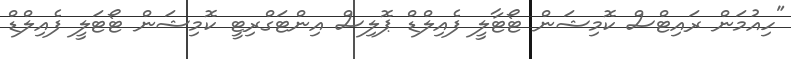
"ހިއުމަން ރައިޓްސް ކޮމިޝަން ޓޯޓާލީ ފެއިލްޑް ޕޮލިސް އިންޓަގްރިޓީ ކޮމިޝަން ޓޯޓަލީ ފެއިލްޑް